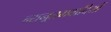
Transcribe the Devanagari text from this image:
न्यनूतमवादियों